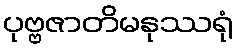
ပုဗ္ဗဇာတိမနုဿရုံ